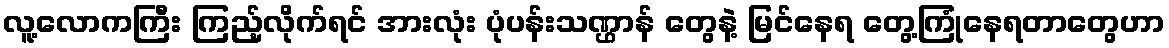
လူ့လောကကြီး ကြည့်လိုက်ရင် အားလုံး ပုံပန်းသဏ္ဌာန် တွေနဲ့ မြင်နေရ တွေ့ကြုံနေရတာတွေဟာ